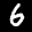
Label: 6